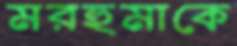
মরহুমাকে